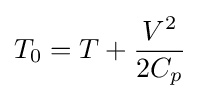
T_{0}=T+{\frac {V^{2}}{2C_{p}}}